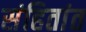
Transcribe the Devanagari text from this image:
संहितांत